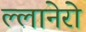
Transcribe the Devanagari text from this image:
ल्लानेरो